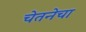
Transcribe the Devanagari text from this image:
चेतनेचा